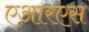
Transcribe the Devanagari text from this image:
एआरएस